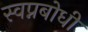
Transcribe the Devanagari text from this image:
स्वप्नबोधी